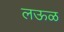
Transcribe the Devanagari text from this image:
लऊळ